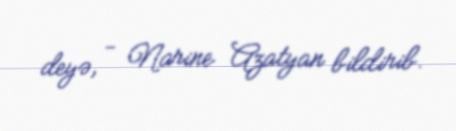
deyə, - Narine Azatyan bildirib.